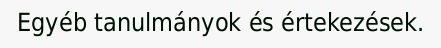
Egyéb tanulmányok és értekezések.